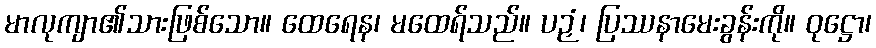
မာလုကျာ၏သားဖြစ်သော။ ထေရေန၊ မထေရ်သည်။ ပဉှံ၊ ပြဿနာမေးခွန်းကို။ ဝုဋ္ဌော၊